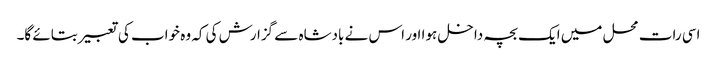
اسی رات محل میں ایک بچہ داخل ہوا اور اس نے بادشاہ سے گزارش کی کہ وہ خواب کی تعبیر بتائے گا۔